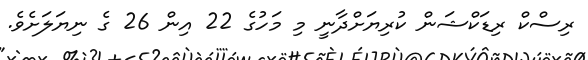
ރިސްކް ރިޑަކްޝަން ކުރިޔަށްދާނީ މި މަހުގެ 22 އިން 26 ގެ ނިޔަލަށެވެ.